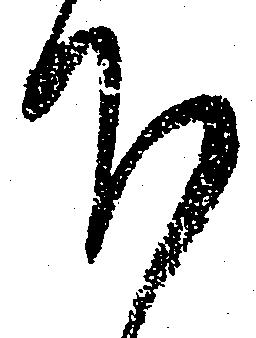
下